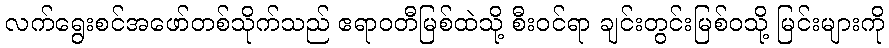
လက်ရွေးစင်အဖော်တစ်သိုက်သည် ဧရာဝတီမြစ်ထဲသို့ စီးဝင်ရာ ချင်းတွင်းမြစ်ဝသို့ မြင်းများကို